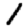
Digit: 1